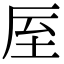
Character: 厔